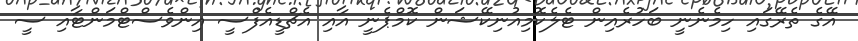
އޭގެ ތެރޭގައި ހިމެނެނީ ބަހުރެއިން ޓެލެކޮމިއުނިކޭޝަން ކޮމްޕެނީ އާއި އެޗްޑީއެފްސީ އިންވެސްޓްމަންޓާއި ސީ